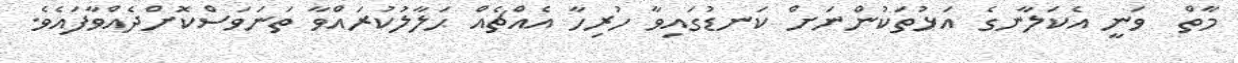
މާތް  ވަނީ އެކަލާނގެ އަޅުތަކުންނަށް ކަނޑުގައިވާ ހުރިހާ އެއްޗެއް ޙަލާލުކުރައްވާ ތަނަވަސްކޮށްދެއްވާފައެވެ.